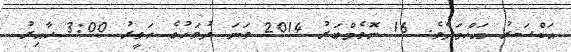
އަކްސަރު އަހްމަދެވެ. 16 ނޮވެމްބަރު 2014 ވަނަ ދުވަހުގެ ހަވީރު 3:00 ހާއިރު